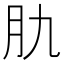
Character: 肍